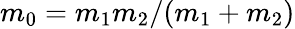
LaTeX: m_{0}=m_{1}m_{2}/(m_{1}+m_{2})